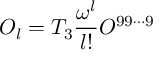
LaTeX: { \cal O } _ { l } = T _ { 3 } { \frac { \omega ^ { l } } { l ! } } { \cal O } ^ { 9 9 \cdots 9 }